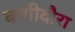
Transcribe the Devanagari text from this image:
बागीदौरा